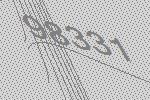
98331